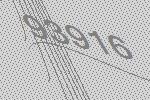
93916